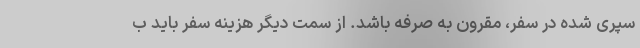
سپری شده در سفر، مقرون به صرفه باشد. از سمت دیگر هزینه سفر باید ب